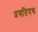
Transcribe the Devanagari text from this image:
प्रगतिपथ